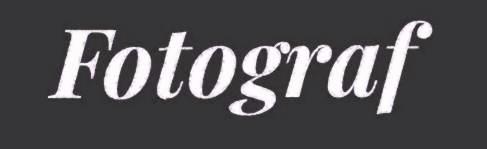
Fotograf